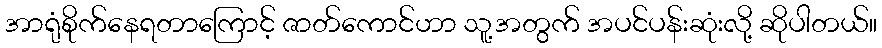
အာရုံစိုက်နေရတာကြောင့် ဇာတ်ကောင်ဟာ သူ့အတွက် အပင်ပန်းဆုံးလို့ ဆိုပါတယ်။